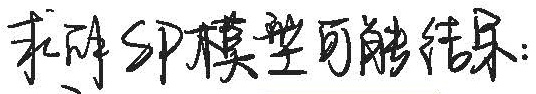
求解SP模型可能结果：